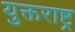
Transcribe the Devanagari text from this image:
युक्तराष्ट्र